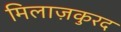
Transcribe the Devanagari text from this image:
मिलाज़कुरद